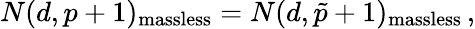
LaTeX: N(d,p+1)_{\mathrm{massless}}=N(d,\tilde{p}+1)_{\mathrm{massless}}\, ,